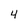
Character: 4